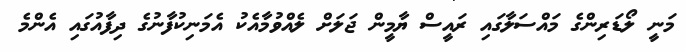
މަނީ ލޯޑަރިންގެ މައްސަލާގައި ރައީސް ޔާމީން ޖަލަށް ލެއްވުމާއެކު އެމަނިކުފާނުގެ ދިފާއުގައި އެންމެ